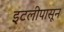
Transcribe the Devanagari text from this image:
इटलीपासून